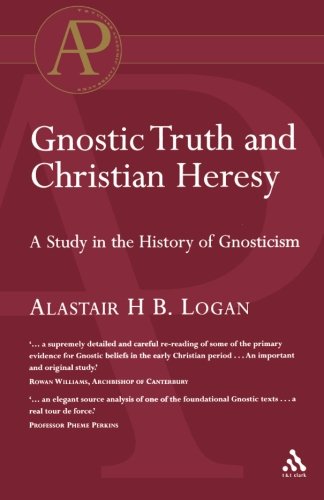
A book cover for Gnostic Truth and Christian Heresy (Academic Paperback); Alastair Logan; Christian Books & Bibles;